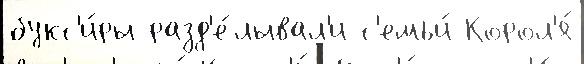
букс'и́ры разд'е́лывал'и с'емьи́ Корол'я́